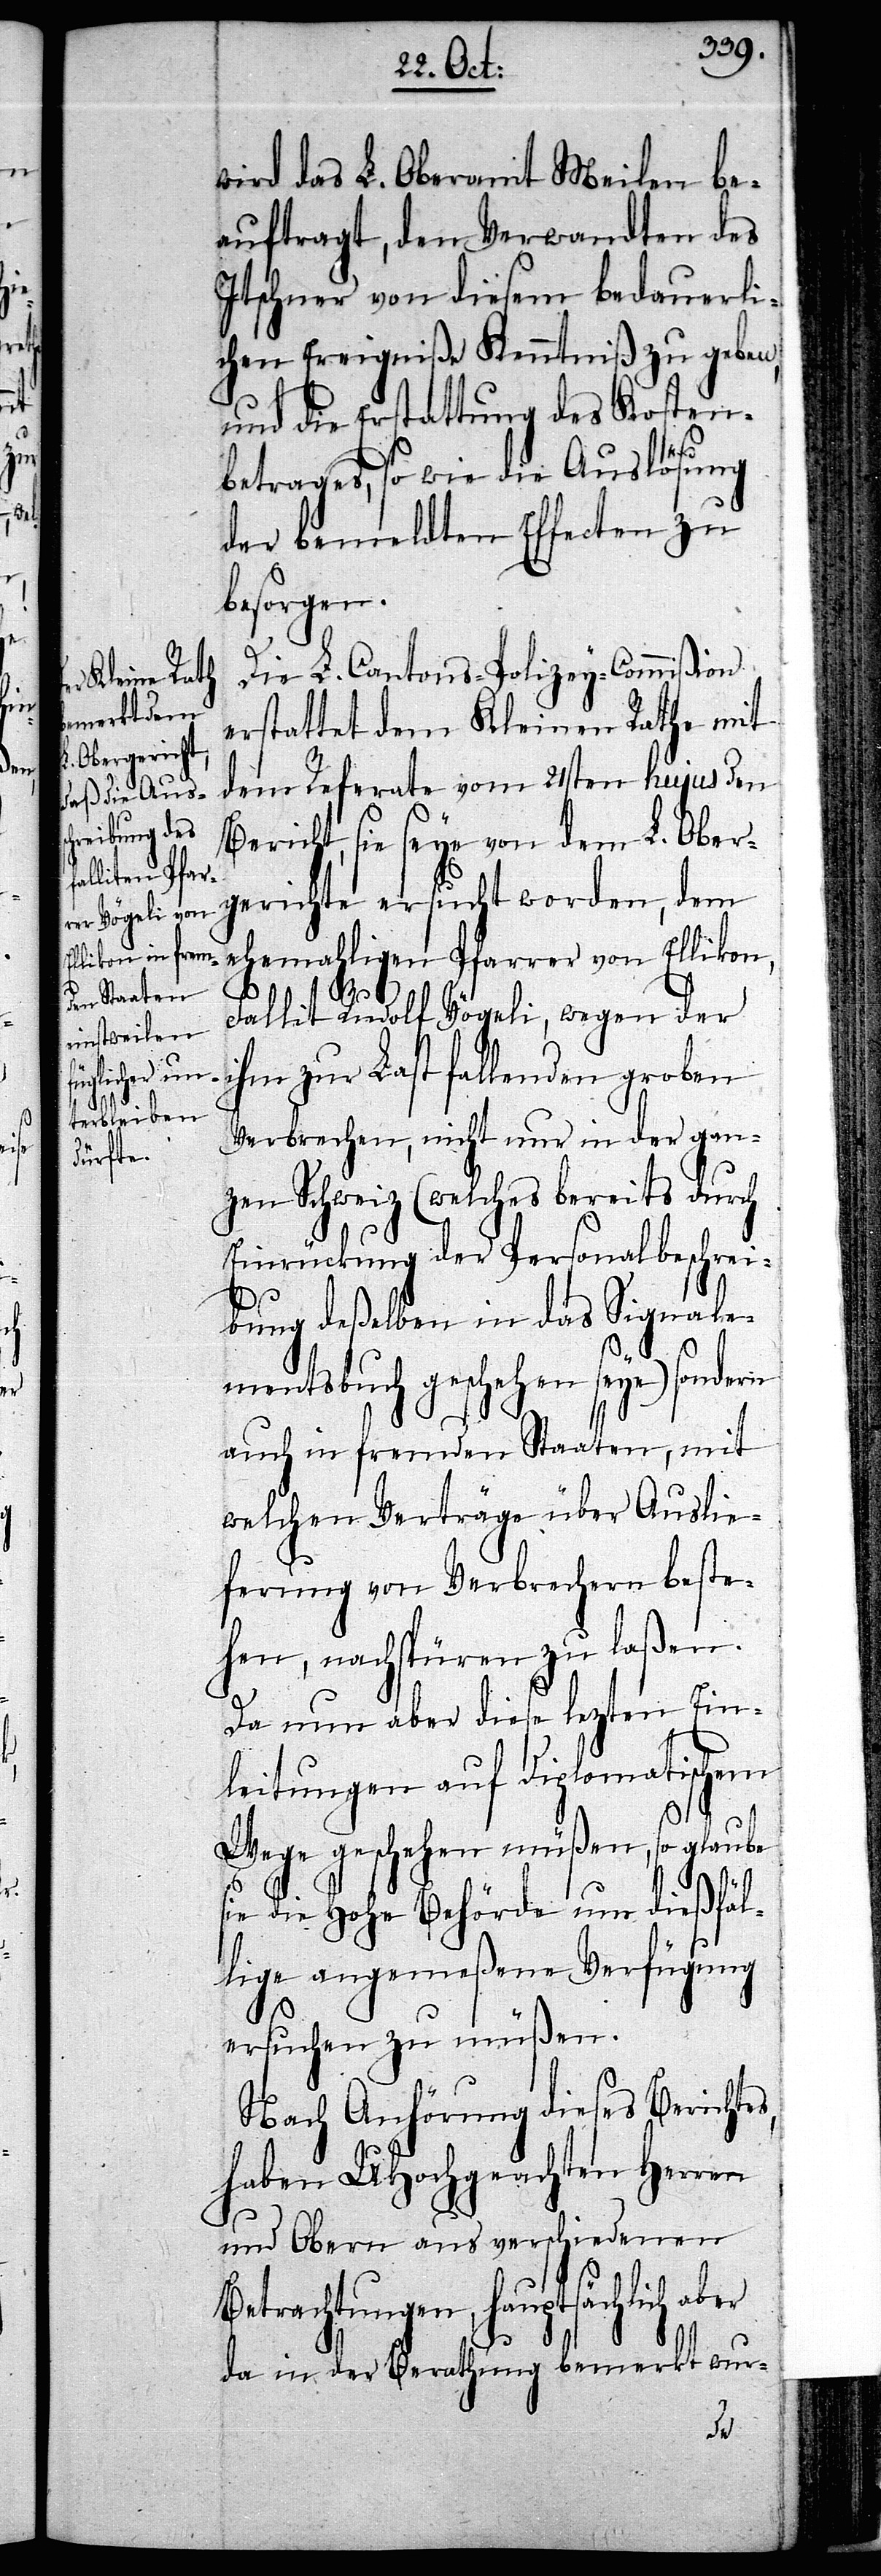
wird das L. Oberamt Meilen be¬
auftragt, den Verwandten des
Itschner von diesem bedauerli¬
chen Ereigniße Kenntniß zu geben,
und die Erstattung des Kosten¬
betrages, so wie die Auslösung
der bemeldten Effecten zu
besorgen.
Die L. Cantons-Polizey-Commißion
erstattet dem Kleinen Rathe mit
dem Referate vom 21sten hujus den
Bericht, sie seye von dem L. Ober¬
gerichte ersucht worden, dem
ehemahligen Pfarrer von Ellikon,
Fallit Rudolf Vögeli, wegen der
ihm zu Last fallenden groben
Verbrechen, nicht nur in der gan¬
zen Schweiz (welches bereits durch
Einrückung der Personalbeschrei¬
bung deßelben in das Signale¬
mentsbuch geschehen seye) sondern
auch in fremden Staaten, mit
welchen Verträge über Auslie¬
ferung von Verbrechern beste¬
hen, nachspüren zu laßen.
Da nun aber diese lezten Ein¬
leitungen auf diplomatischem
Wege geschehen müßen, so glaube
sie die Hohe Behörde um dießfäl¬
lige angemeßene Verfügung
ersuchen zu müßen.
Nach Anhörung deses Berichtes,
haben UHochgeachten Herren
und Obern aus verschiedenen
Betrachtungen, hauptsächlich aber
da in der Berathung bemerkt wur-